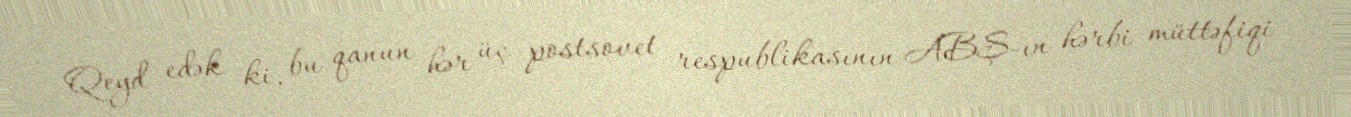
Qeyd edək ki, bu qanun hər üç postsovet respublikasının ABŞ-ın hərbi müttəfiqi